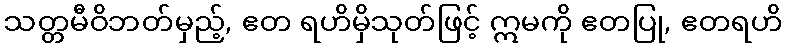
သတ္တမီဝိဘတ်မှည့်, ဧတ ရဟိမှိသုတ်ဖြင့် ဣမကို ဧတပြု, ဧတရဟိ